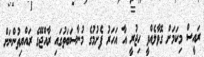
ރައީސް މިކަމަށް ގޮވާލެއްވީ ހިޖުރީ އާ އަހަރު ފެށުމުގެ މުނާސަބަތުގައި ރާއްޖޭގެ ރައްޔިތުންނަށް